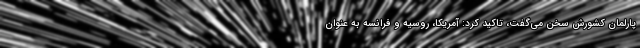
پارلمان کشورش سخن می‌گفت، تاکید کرد: آمریکا، روسیه و فرانسه به عنوان